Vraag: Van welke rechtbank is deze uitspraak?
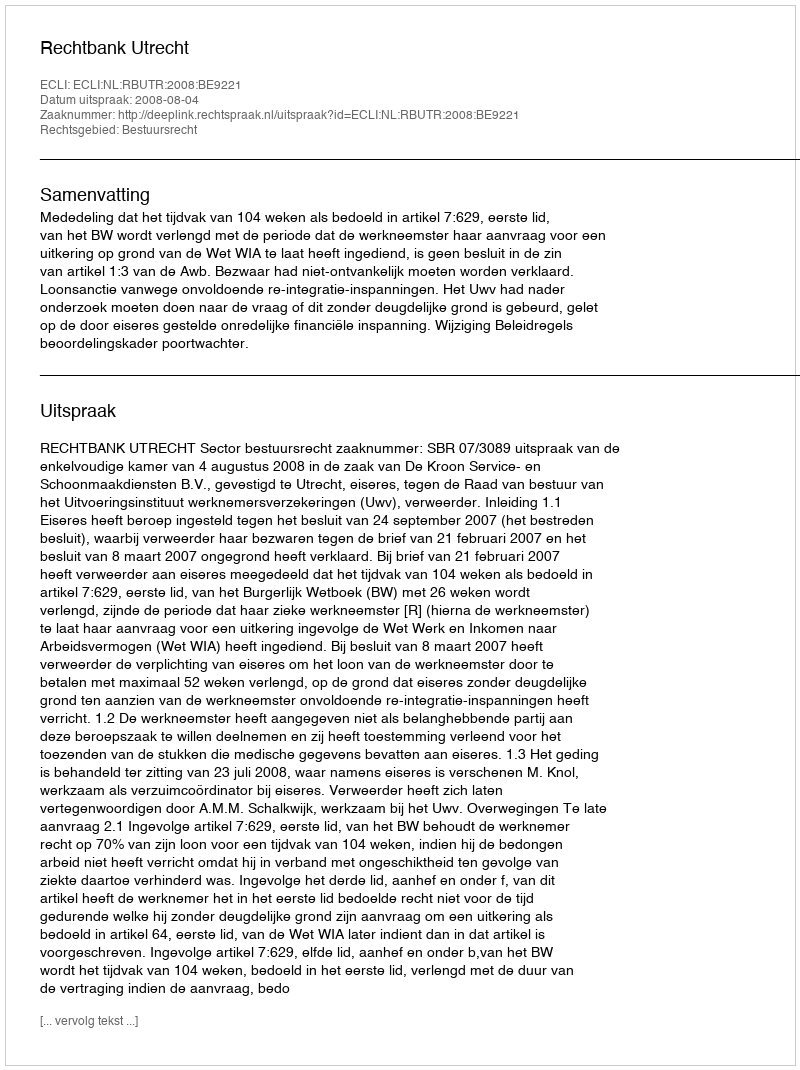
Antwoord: Rechtbank Utrecht